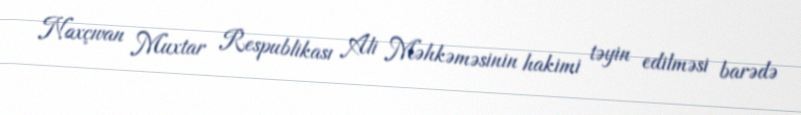
Naxçıvan Muxtar Respublikası Ali Məhkəməsinin hakimi təyin edilməsi barədə